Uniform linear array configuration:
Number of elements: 16
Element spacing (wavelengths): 0.25
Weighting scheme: cosine
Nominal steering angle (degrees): -30
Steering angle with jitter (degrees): -31.142
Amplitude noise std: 0.05
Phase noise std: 0.05

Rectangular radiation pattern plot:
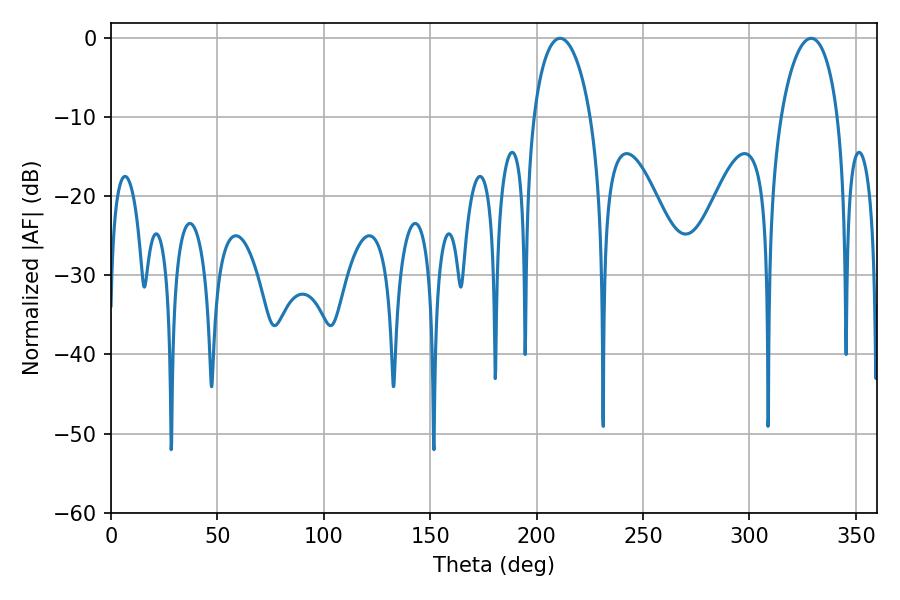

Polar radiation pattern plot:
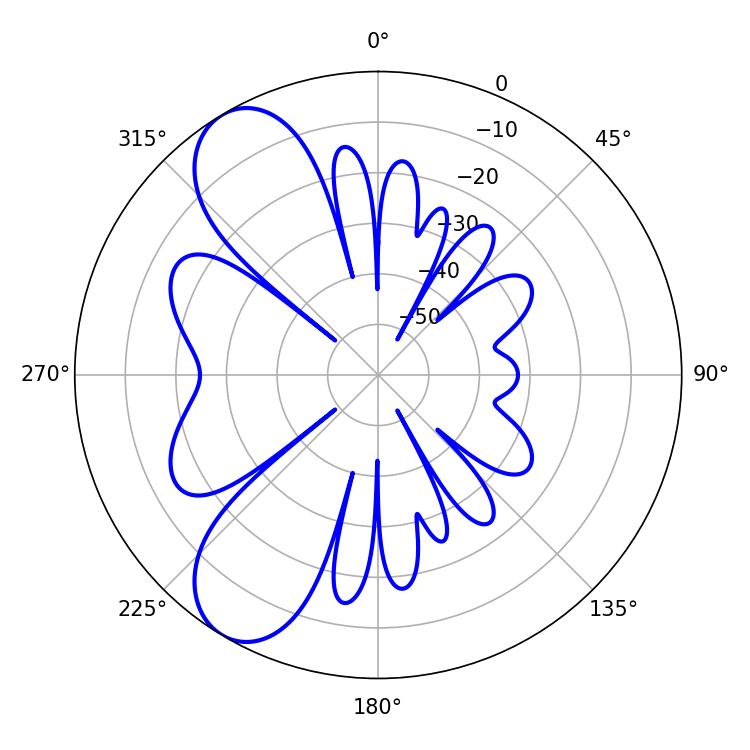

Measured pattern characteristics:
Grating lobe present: FALSE
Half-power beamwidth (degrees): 15.48
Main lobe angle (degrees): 329.04